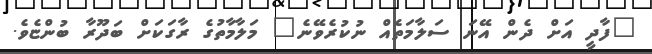
"ފާދީ އަށް ދެން އޭނަ ސަލާމަތެއް ނުކުރެވޭނެ" މަލާމާތުގެ ރާގަކަށް ބަދޫރާ ބުންޏެވެ.